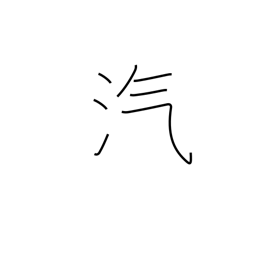
Meaning: vapor